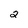
Character: 2